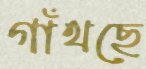
গাঁথছে